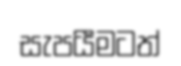
සැපයීමටත්